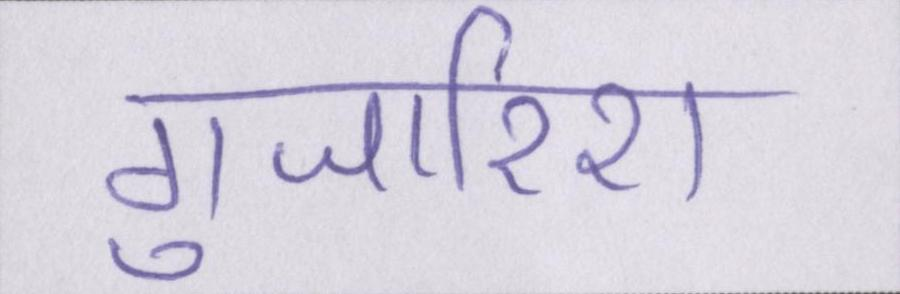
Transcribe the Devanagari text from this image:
गुजारिश